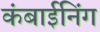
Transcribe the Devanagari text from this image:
कंबाईनिंग